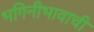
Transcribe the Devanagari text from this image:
भगिनीभावाची